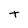
Character: t